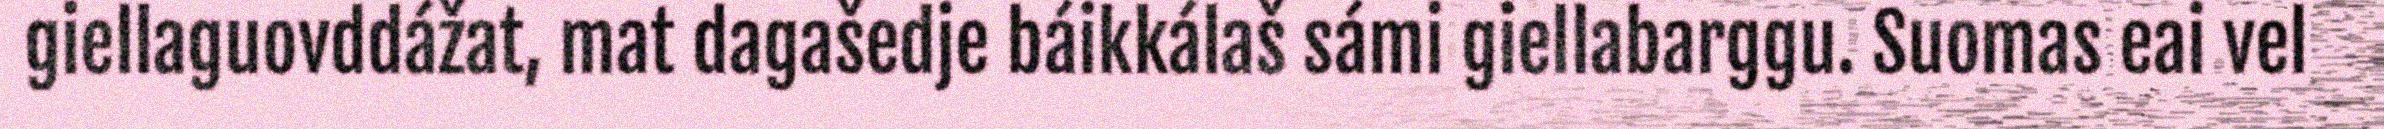
giellaguovddážat, mat dagašedje báikkálaš sámi giellabarggu. Suomas eai vel